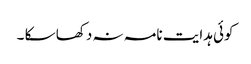
کوئی ہدایت نامہ نہ دکھا سکا ۔